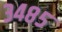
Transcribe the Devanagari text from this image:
३४८५